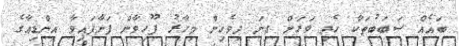
ބައެއް ސަބަބުތަކާ ހެދި ވަރަށް ގިނަ ދިވެހިން މިހާރު ފޫހިވާން ފަށާފައިވާ އިންޑިއާގެ